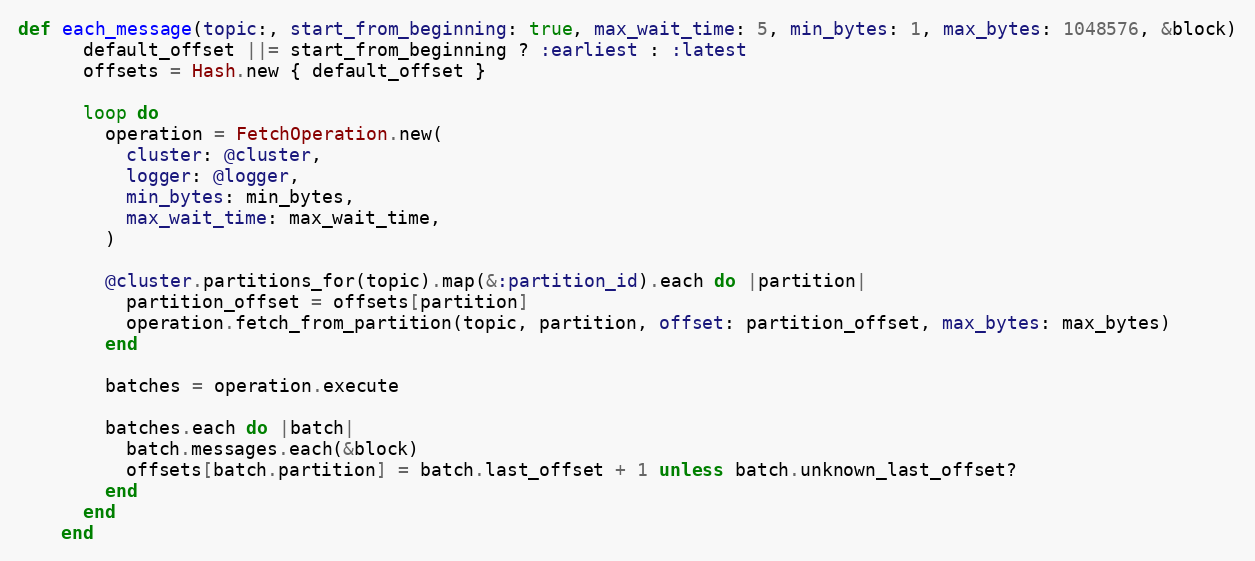
Language: Ruby
def each_message(topic:, start_from_beginning: true, max_wait_time: 5, min_bytes: 1, max_bytes: 1048576, &block)
      default_offset ||= start_from_beginning ? :earliest : :latest
      offsets = Hash.new { default_offset }

      loop do
        operation = FetchOperation.new(
          cluster: @cluster,
          logger: @logger,
          min_bytes: min_bytes,
          max_wait_time: max_wait_time,
        )

        @cluster.partitions_for(topic).map(&:partition_id).each do |partition|
          partition_offset = offsets[partition]
          operation.fetch_from_partition(topic, partition, offset: partition_offset, max_bytes: max_bytes)
        end

        batches = operation.execute

        batches.each do |batch|
          batch.messages.each(&block)
          offsets[batch.partition] = batch.last_offset + 1 unless batch.unknown_last_offset?
        end
      end
    end